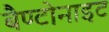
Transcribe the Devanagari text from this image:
बैण्टोनाइट